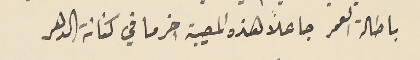
باطالة العمر جاعلاً هذه المصيبة اخر ما في كنانة الدهر